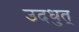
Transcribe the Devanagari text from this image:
उदधुत्